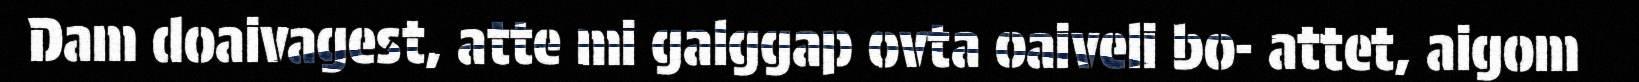
Dam doaivagest, atte mi galggap ovta oaiveli bo- attet, aigom